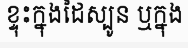
ខ្ទុះក្នុងដៃស្បូន ឬក្នុង